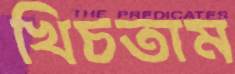
খিচতাম